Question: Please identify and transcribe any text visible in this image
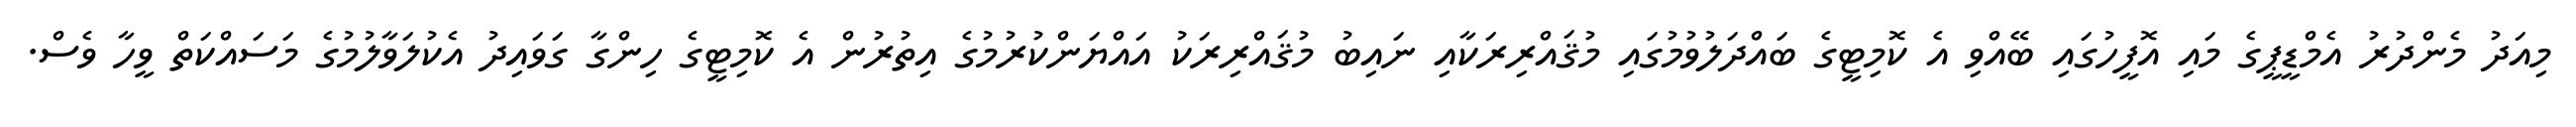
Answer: މިއަދު މެންދުރު އެމްޑީޕީގެ މައި އޮފީހުގައި ބޭއްވި އެ ކޮމިޓީގެ ބައްދަލުވުމުގައި މުޤައްރިރަކާއި ނައިބު މުޤައްރިރަކު އައްޔަންކުރުމުގެ އިތުރުން އެ ކޮމިޓީގެ ހިންގާ ގަވައިދު އެކުލަވާލުމުގެ މަސައްކަތް ވީހާ ވެސް.